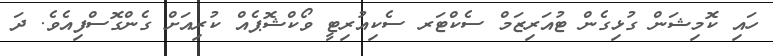
ހައި ކޮމިޝަން ގުޅިގެން ޓުއަރިޒަމް ސެކްޓަރ ސެކިއުރިޓީ ވޯކްޝޮޕެއް ކުރިއަށް ގެންގޮސްފިއެވެ. ދަ